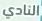
النادي